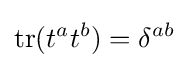
{\text{tr}}(t^{a}t^{b})=\delta ^{ab}